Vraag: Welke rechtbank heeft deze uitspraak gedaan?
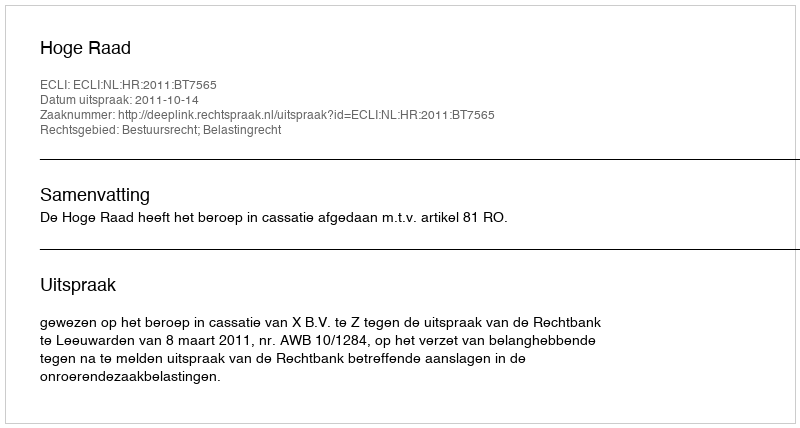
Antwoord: Hoge Raad